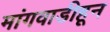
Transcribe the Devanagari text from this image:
मांगवाडीहून